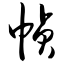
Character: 帧